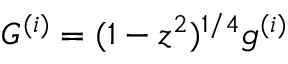
G ^ { ( i ) } = ( 1 - z ^ { 2 } ) ^ { 1 / 4 } g ^ { ( i ) }